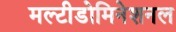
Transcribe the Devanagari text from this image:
मल्टीडोमिनेशनल